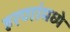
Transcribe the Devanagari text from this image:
हरणांमध्ये